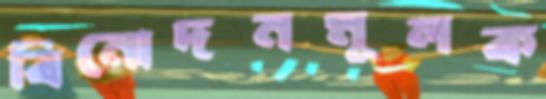
বিনোদনমূলক